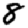
Digit: 8